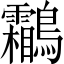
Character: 鸘